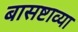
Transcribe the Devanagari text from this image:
बासष्टाव्या